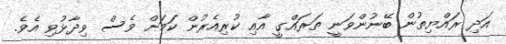
އަދި ރައްޔިތުން ބޭނުންވަނީ ތަރައްގީ އާއި ކުރިއެރުން ކަމަށް ވެސް ވިދާޅުވި އެވެ.